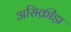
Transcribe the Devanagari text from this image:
असिक्रीड़ा